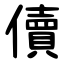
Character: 儥